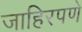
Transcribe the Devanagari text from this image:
जाहिरपणे